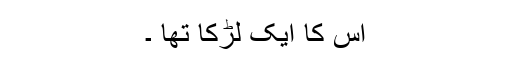
اس کا ایک لڑکا تھا ۔